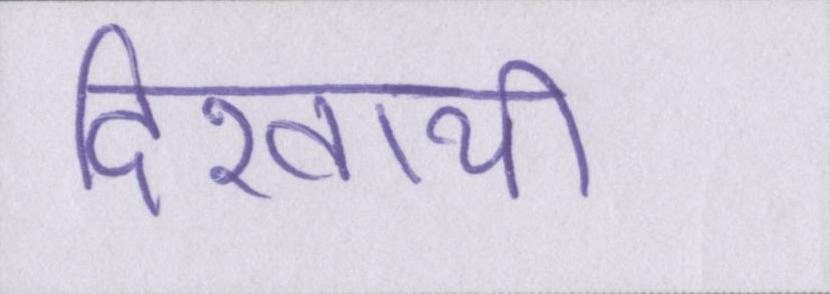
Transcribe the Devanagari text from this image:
दिखायी